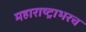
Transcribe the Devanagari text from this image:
महाराष्ट्राभरच